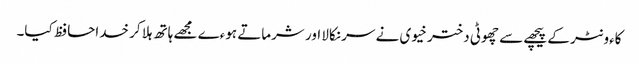
کاءونٹر کے پیچھے سے چھوٹی دختر خیوی نے سر نکالا اور شرماتے ہوءے مجھے ہاتھ ہلا کر خداحافظ کیا۔